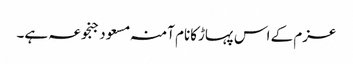
عزم کے اس پہاڑکانام آمنہ مسعود جنجوعہ ہے۔